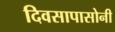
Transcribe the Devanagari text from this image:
दिवसापासोनी